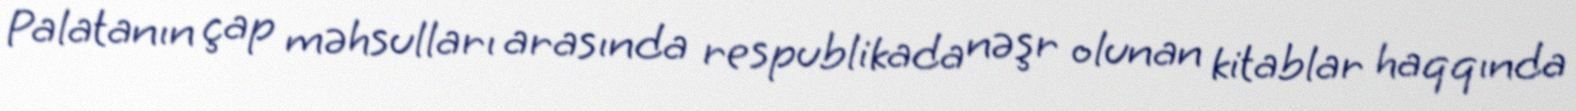
Palatanın çap məhsulları arasında respublikada nəşr olunan kitablar haqqında